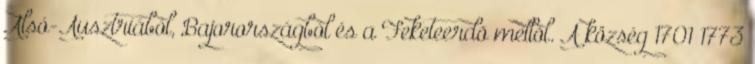
Alsó-Ausztriából, Bajorországból és a Feketeerdõ mellõl. A község 1701–1773